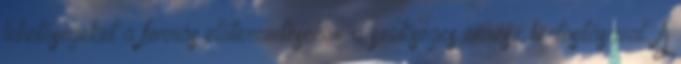
lehetőségeket a forrás előteremtéséhez a szükséges önrész biztosításával. A